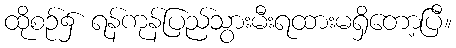
ထိုစဉ်၌ ရန်ကုန်ပြည်သွားမီးရထားမရှိတော့ပြီ။